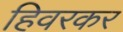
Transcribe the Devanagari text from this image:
हिवरकर